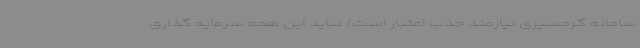
سامانه گرمسیری نیازمند جذب اعتبار است/ نباید این همه سرمایه گذاری